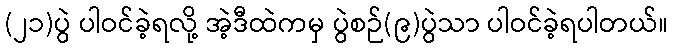
(၂၁)ပွဲ ပါဝင်ခဲ့ရလို့ အဲ့ဒီထဲကမှ ပွဲစဉ်(၉)ပွဲသာ ပါဝင်ခဲ့ရပါတယ်။